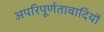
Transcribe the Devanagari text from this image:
अपरिपूर्णतावादियों